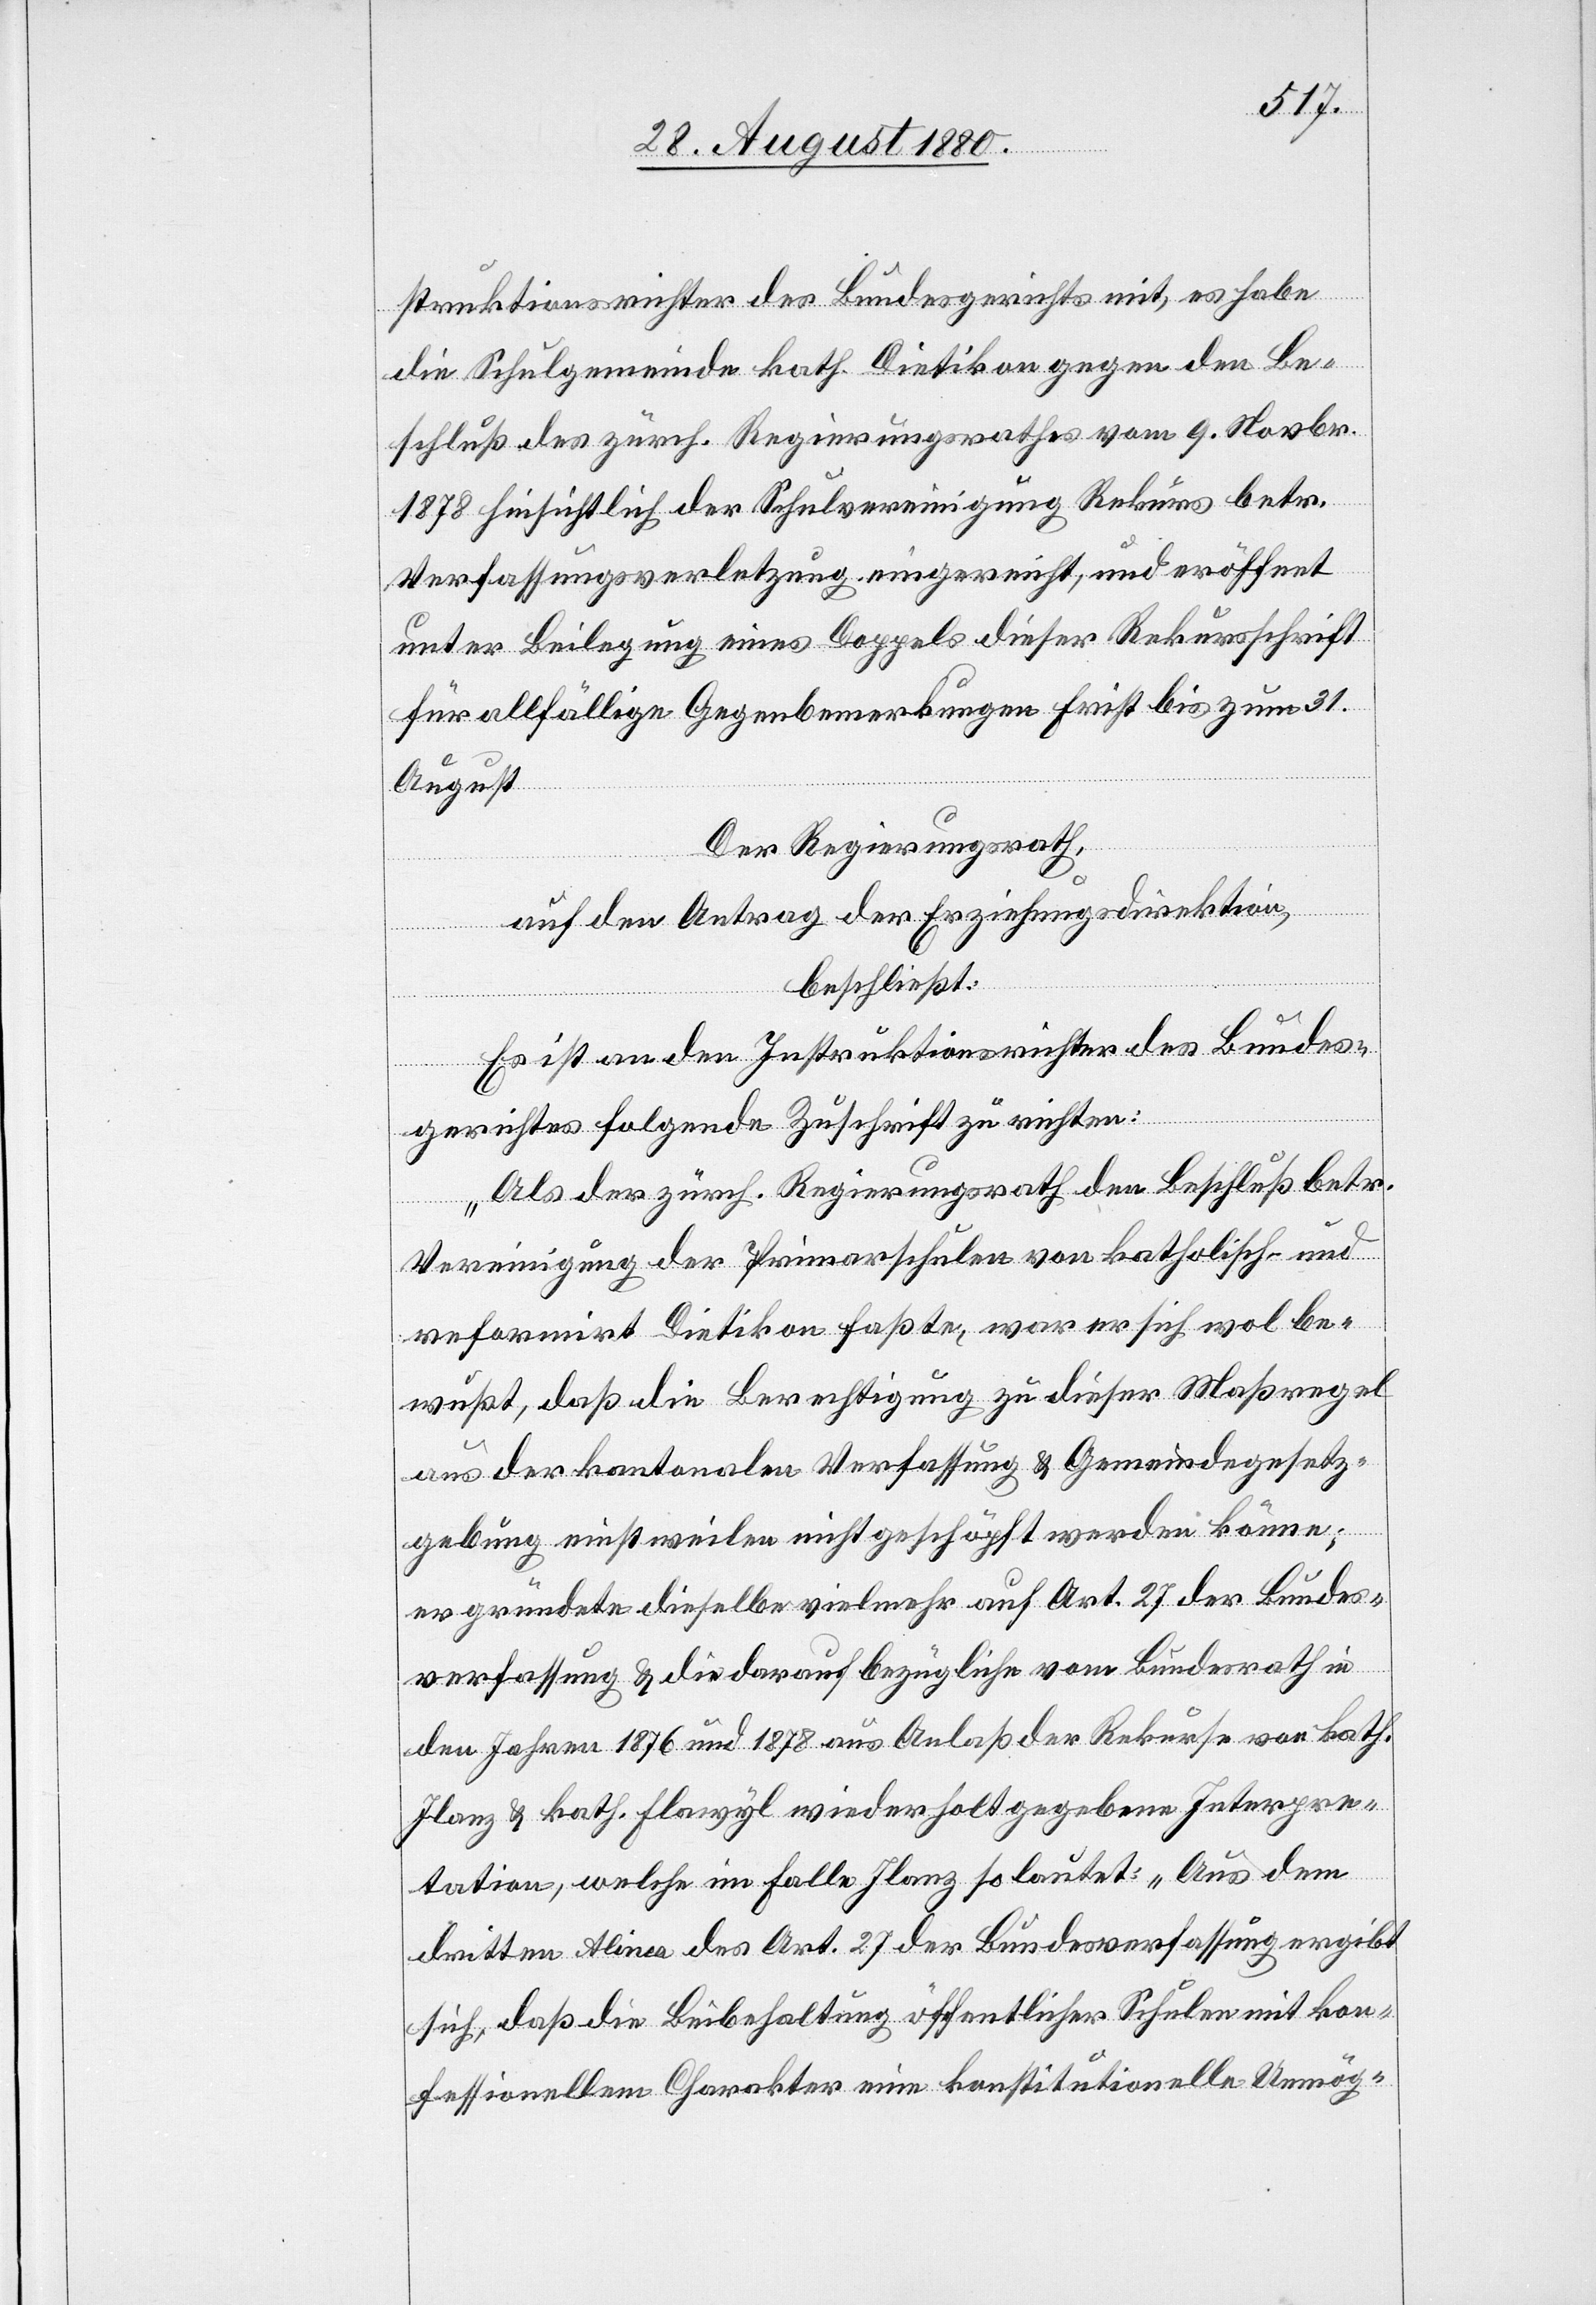
spektionsrichter des Bundesgerichts mit, es habe
die Schulgemeinde kath. Dietikon gegen den Be¬
schluß des zürch. Regierungsrathes vom 9. Novbr.
1878 hinsichtlich der Schulvereinigung Rekurs betr.
Verfassungsverletzung eingereicht, und eröffnet
unter Beilegung eines Doppels dieser Rekursschrift
für allfällige Gegenbemerkungen Frist bis zum 31.
August[.]
Der Regierungsrath,
auf den Antrag der Erziehungsdirektion,
beschließt:
Es ist an den Instruktionsrichter des Bundes¬
gerichtes folgende Zuschrift zu richten:
„Als der zürch. Regierungsrath den Beschluß betr.
Vereinigung der Primarschulen von katholisch- und
reformiert Dietikon faßte, war er sich wol be¬
wußt, daß die Berechtigung zu dieser Maßregel
aus der kantonalen Verfassung & Gemeindegesetz¬
gebung einstweilen nicht geschöpft werden könne;
es gründete dieselbe vielmehr auf Art. 27 der Bundes¬
verfassung & die darauf bezügliche vom Bundesrath in
den Jahren 1876 und 1878 aus Anlaß der Rekurse von kath.
Ilanz und kath. Flawyl wiederholt gegebenen Interpre¬
tation, welche im Falle Ilanz so lautet: „Aus dem
dritten Alinea des Art. 27 der Bundesverfassung ergibt
sich, daß die Beibehaltung öffentlicher Schulen mit kon¬
fessionellem Charakter eine konstitutionelle Unmög-